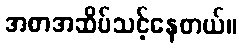
အစာအဆိပ်သင့်နေတယ်။